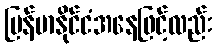
မြန်မာနိုင်ငံအနေဖြင့်လည်း